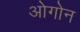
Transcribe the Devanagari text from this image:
ओगोन